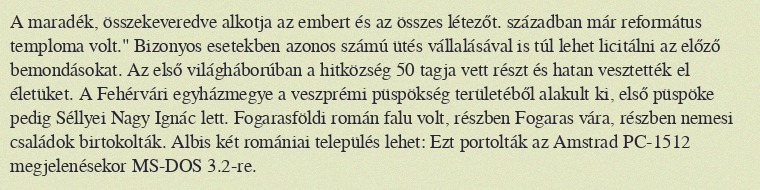
A maradék, összekeveredve alkotja az embert és az összes létezőt. században már református temploma volt." Bizonyos esetekben azonos számú ütés vállalásával is túl lehet licitálni az előző bemondásokat. Az első világháborúban a hitközség 50 tagja vett részt és hatan vesztették el életüket. A Fehérvári egyházmegye a veszprémi püspökség területéből alakult ki, első püspöke pedig Séllyei Nagy Ignác lett. Fogarasföldi román falu volt, részben Fogaras vára, részben nemesi családok birtokolták. Albis két romániai település lehet: Ezt portolták az Amstrad PC-1512 megjelenésekor MS-DOS 3.2-re.